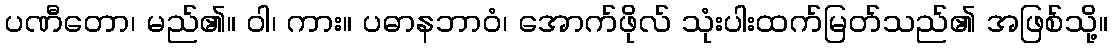
ပဏီတော၊ မည်၏။ ဝါ၊ ကား။ ပဓာနဘာဝံ၊ အောက်ဖိုလ် သုံးပါးထက်မြတ်သည်၏ အဖြစ်သို့။